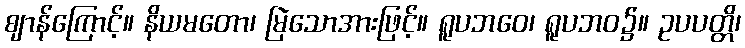
ဈာန်ကြောင့်။ နိယမတော၊ မြဲသောအားဖြင့်။ ရူပဘဝေ၊ ရူပဘဝ၌။ ဥပပတ္တိ၊